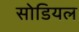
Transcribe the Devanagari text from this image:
सोडियल